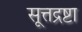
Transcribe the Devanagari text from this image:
सूत्तद्रष्टा